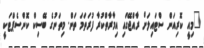
"މިއީ ކޮރިއަން ސްޓައިލަށް ރާއްޖޭގައި އިމާރާތްކުރާ ފުރަތަމަ ތަން. މިތަނުގެ ބޭސިކް ކޮންސެޕްޓަކީ